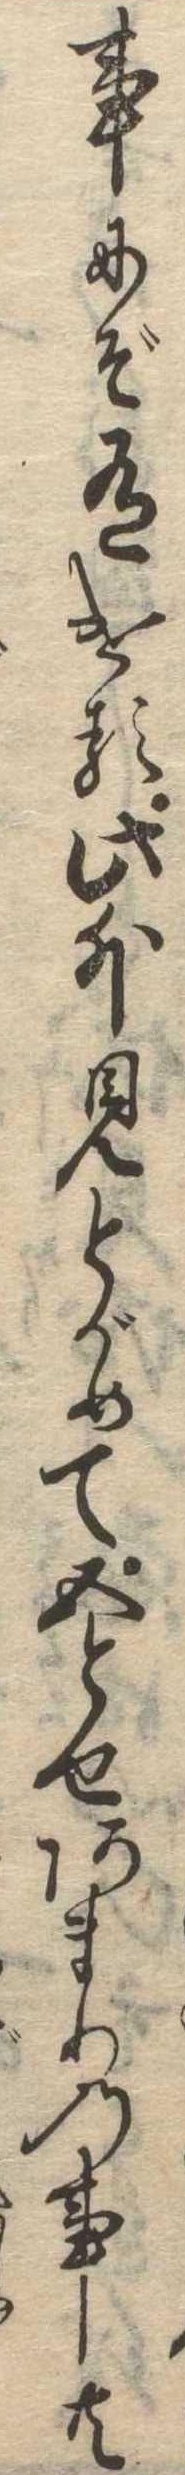
事にぞ有ける此外見とがめて五とせあまりの事共